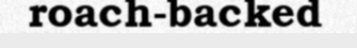
roach-backed